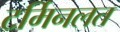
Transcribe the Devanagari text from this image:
टर्मिनलत